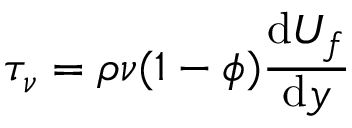
\tau _ { \nu } = \rho \nu ( 1 - \phi ) \frac { \mathrm { d } U _ { f } } { \mathrm { d } y }